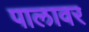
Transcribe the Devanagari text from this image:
पालावर